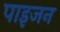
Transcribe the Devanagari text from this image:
पाइजन